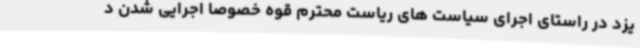
یزد در راستای اجرای سیاست های ریاست محترم قوه خصوصاً اجرایی شدن د